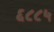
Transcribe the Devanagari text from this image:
६८८५